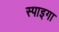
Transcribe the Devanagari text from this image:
स्पाइगा